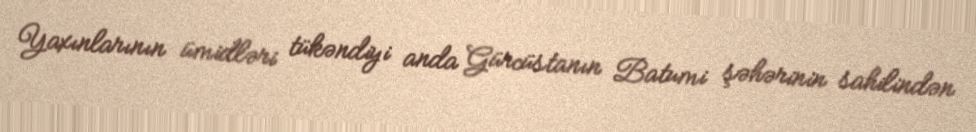
Yaxınlarının ümidləri tükəndiyi anda Gürcüstanın Batumi şəhərinin sahilindən